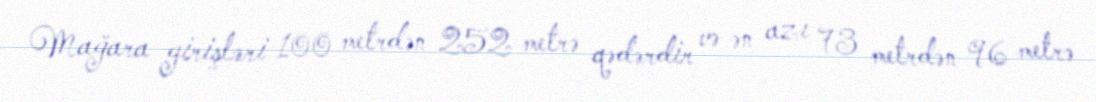
Mağara girişləri 100 metrdən 252 metrə qədərdir və ən azı 73 metrdən 96 metrə